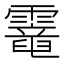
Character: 𩆇